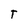
Character: T